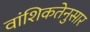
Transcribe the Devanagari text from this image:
वांशिकतेनुसार